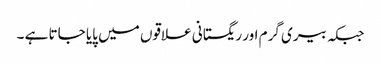
جبکہ بیری گرم اور ریگستانی علاقوں میں پایا جاتا ہے ۔